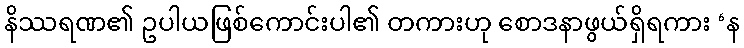
နိဿရဏ၏ ဥပါယဖြစ်ကောင်းပါ၏ တကားဟု စောဒနာဖွယ်ရှိရကား ‘န